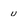
Character: u